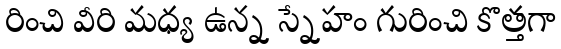
రించి వీరి మధ్య ఉన్న స్నేహం గురించి కొత్తగా